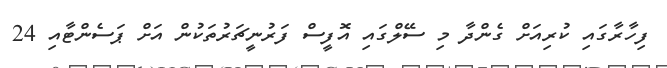
ފިހާރާގައި ކުރިއަށް ގެންދާ މި ސޭލްގައި އޮފީސް ފަރުނީޗަރުތަކުން އަށް ޕަސެންޓާއި 24